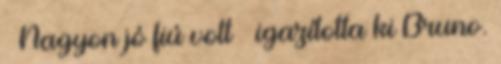
– Nagyon jó fiú volt – igazította ki Bruno.